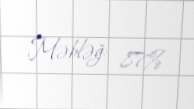
Məbləğ: 87%